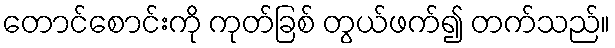
တောင်စောင်းကို ကုတ်ခြစ် တွယ်ဖက်၍ တက်သည်။